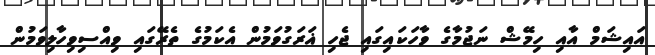
އައިޝަމް އާއި ހިމޭޝް ނަޖުމާގެ ވާހަކައިގައި ޖެހި ޣަރަގުވަމުން އެކަމުގެ ތެރޭގައި ވިއްސިވިހާލިވަމުން